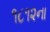
૧૮૧૨ના